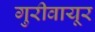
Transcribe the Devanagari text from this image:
गुरीवायूर